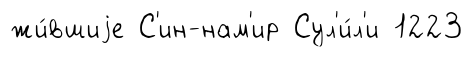
жи́вшиjе С'ин-нам'ир Сул'и́л'и 1223